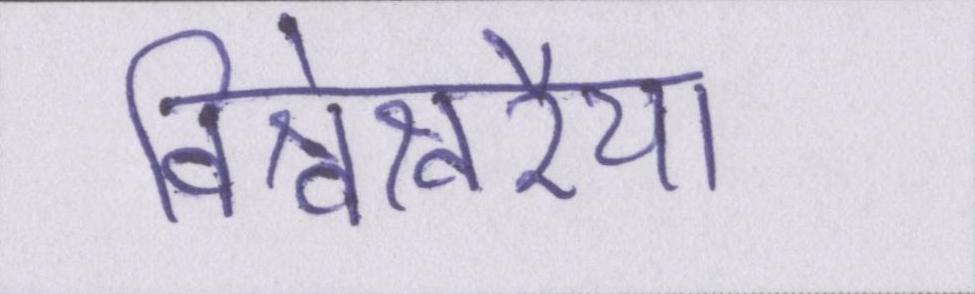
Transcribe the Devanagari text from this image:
विश्वेश्वरैया